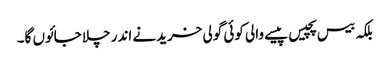
بلکہ بیس پچیس پیسے والی کوئی گولی خریدنے اندر چلا جائوں گا۔